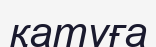
қатуға